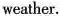
weather.